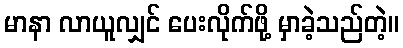
မာနာ လာယူလျှင် ပေးလိုက်ဖို့ မှာခဲ့သည်တဲ့။